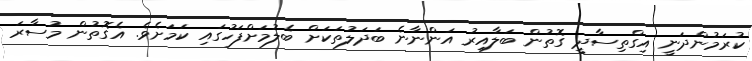
ކުރަމުންދަނީ އިގްތިސާދީ ގޮތުން ބަލާއިރު އަންނާނެ ބަދަލުތަކަށް ބެލުމަށްފަހުގައި ކަމަށެވެ. އެގޮތުން މުސާރަ